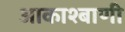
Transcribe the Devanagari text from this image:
आकाश्बाणी